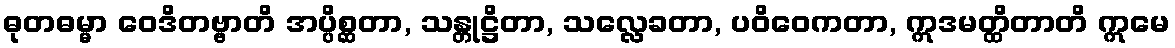
ဓုတဓမ္မာ ဝေဒိတဗ္ဗာတိ အပ္ပိစ္ဆတာ, သန္တုဋ္ဌိတာ, သလ္လေခတာ, ပဝိဝေကတာ, ဣဒမတ္ထိတာတိ ဣမေ